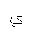
Letter: _ya